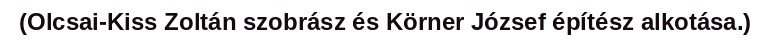
(Olcsai-Kiss Zoltán szobrász és Körner József építész alkotása.)